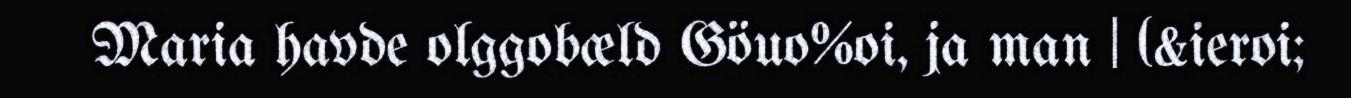
Maria havde olggobæld Göuo%oi, ja man | (&ieroi;